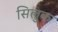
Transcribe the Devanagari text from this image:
सिलुक